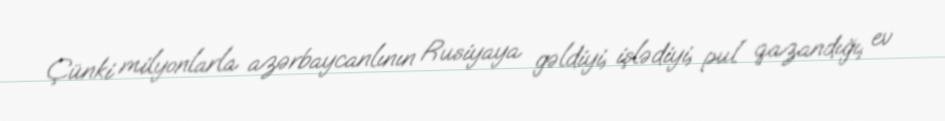
Çünki milyonlarla azərbaycanlının Rusiyaya gəldiyi, işlədiyi, pul qazandığı, ev